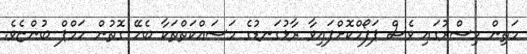
މަތިން މިސްރުގައި ވެސް ޕަފޯމްކޮށްފައިވާ ރާޅުގަނޑުގެ މަސައްކަތްތަކާ ބެހޭ ގޮތުން ހަމްޕް ބުންޏެވެ.